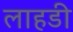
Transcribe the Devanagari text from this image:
लाहडी